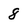
Character: 8